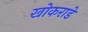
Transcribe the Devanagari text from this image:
खोकराडे